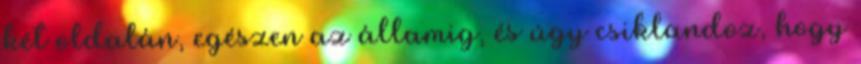
két oldalán, egészen az államig, és úgy csiklandoz, hogy